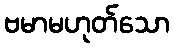
ဗမာမဟုတ်သော